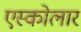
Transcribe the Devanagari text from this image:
एस्कोलार